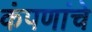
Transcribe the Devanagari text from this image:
कंपणांचे